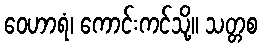
ဝေဟာရံ၊ ကောင်းကင်သို့။ သတ္တစ